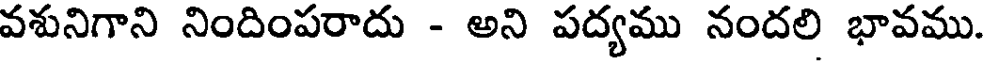
వశునిగాని నిందింపరాదు - అని పద్యము నందలి భావము.